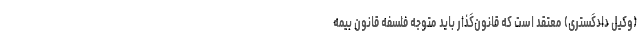
(وکیل دادگستری) معتقد است که قانون‌گذار باید متوجه فلسفه قانون بیمه